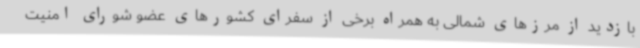
بازدید از مرزهای شمالی به همراه برخی از سفرای کشورهای عضو شورای امنیت